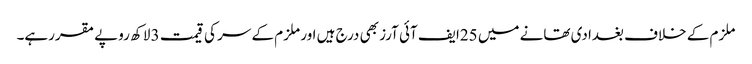
ملزم کے خلاف بغدادی تھانے میں 25ایف آئی آرز بھی درج ہیں اور ملزم کے سر کی قیمت 3 لاکھ روپے مقررہے۔